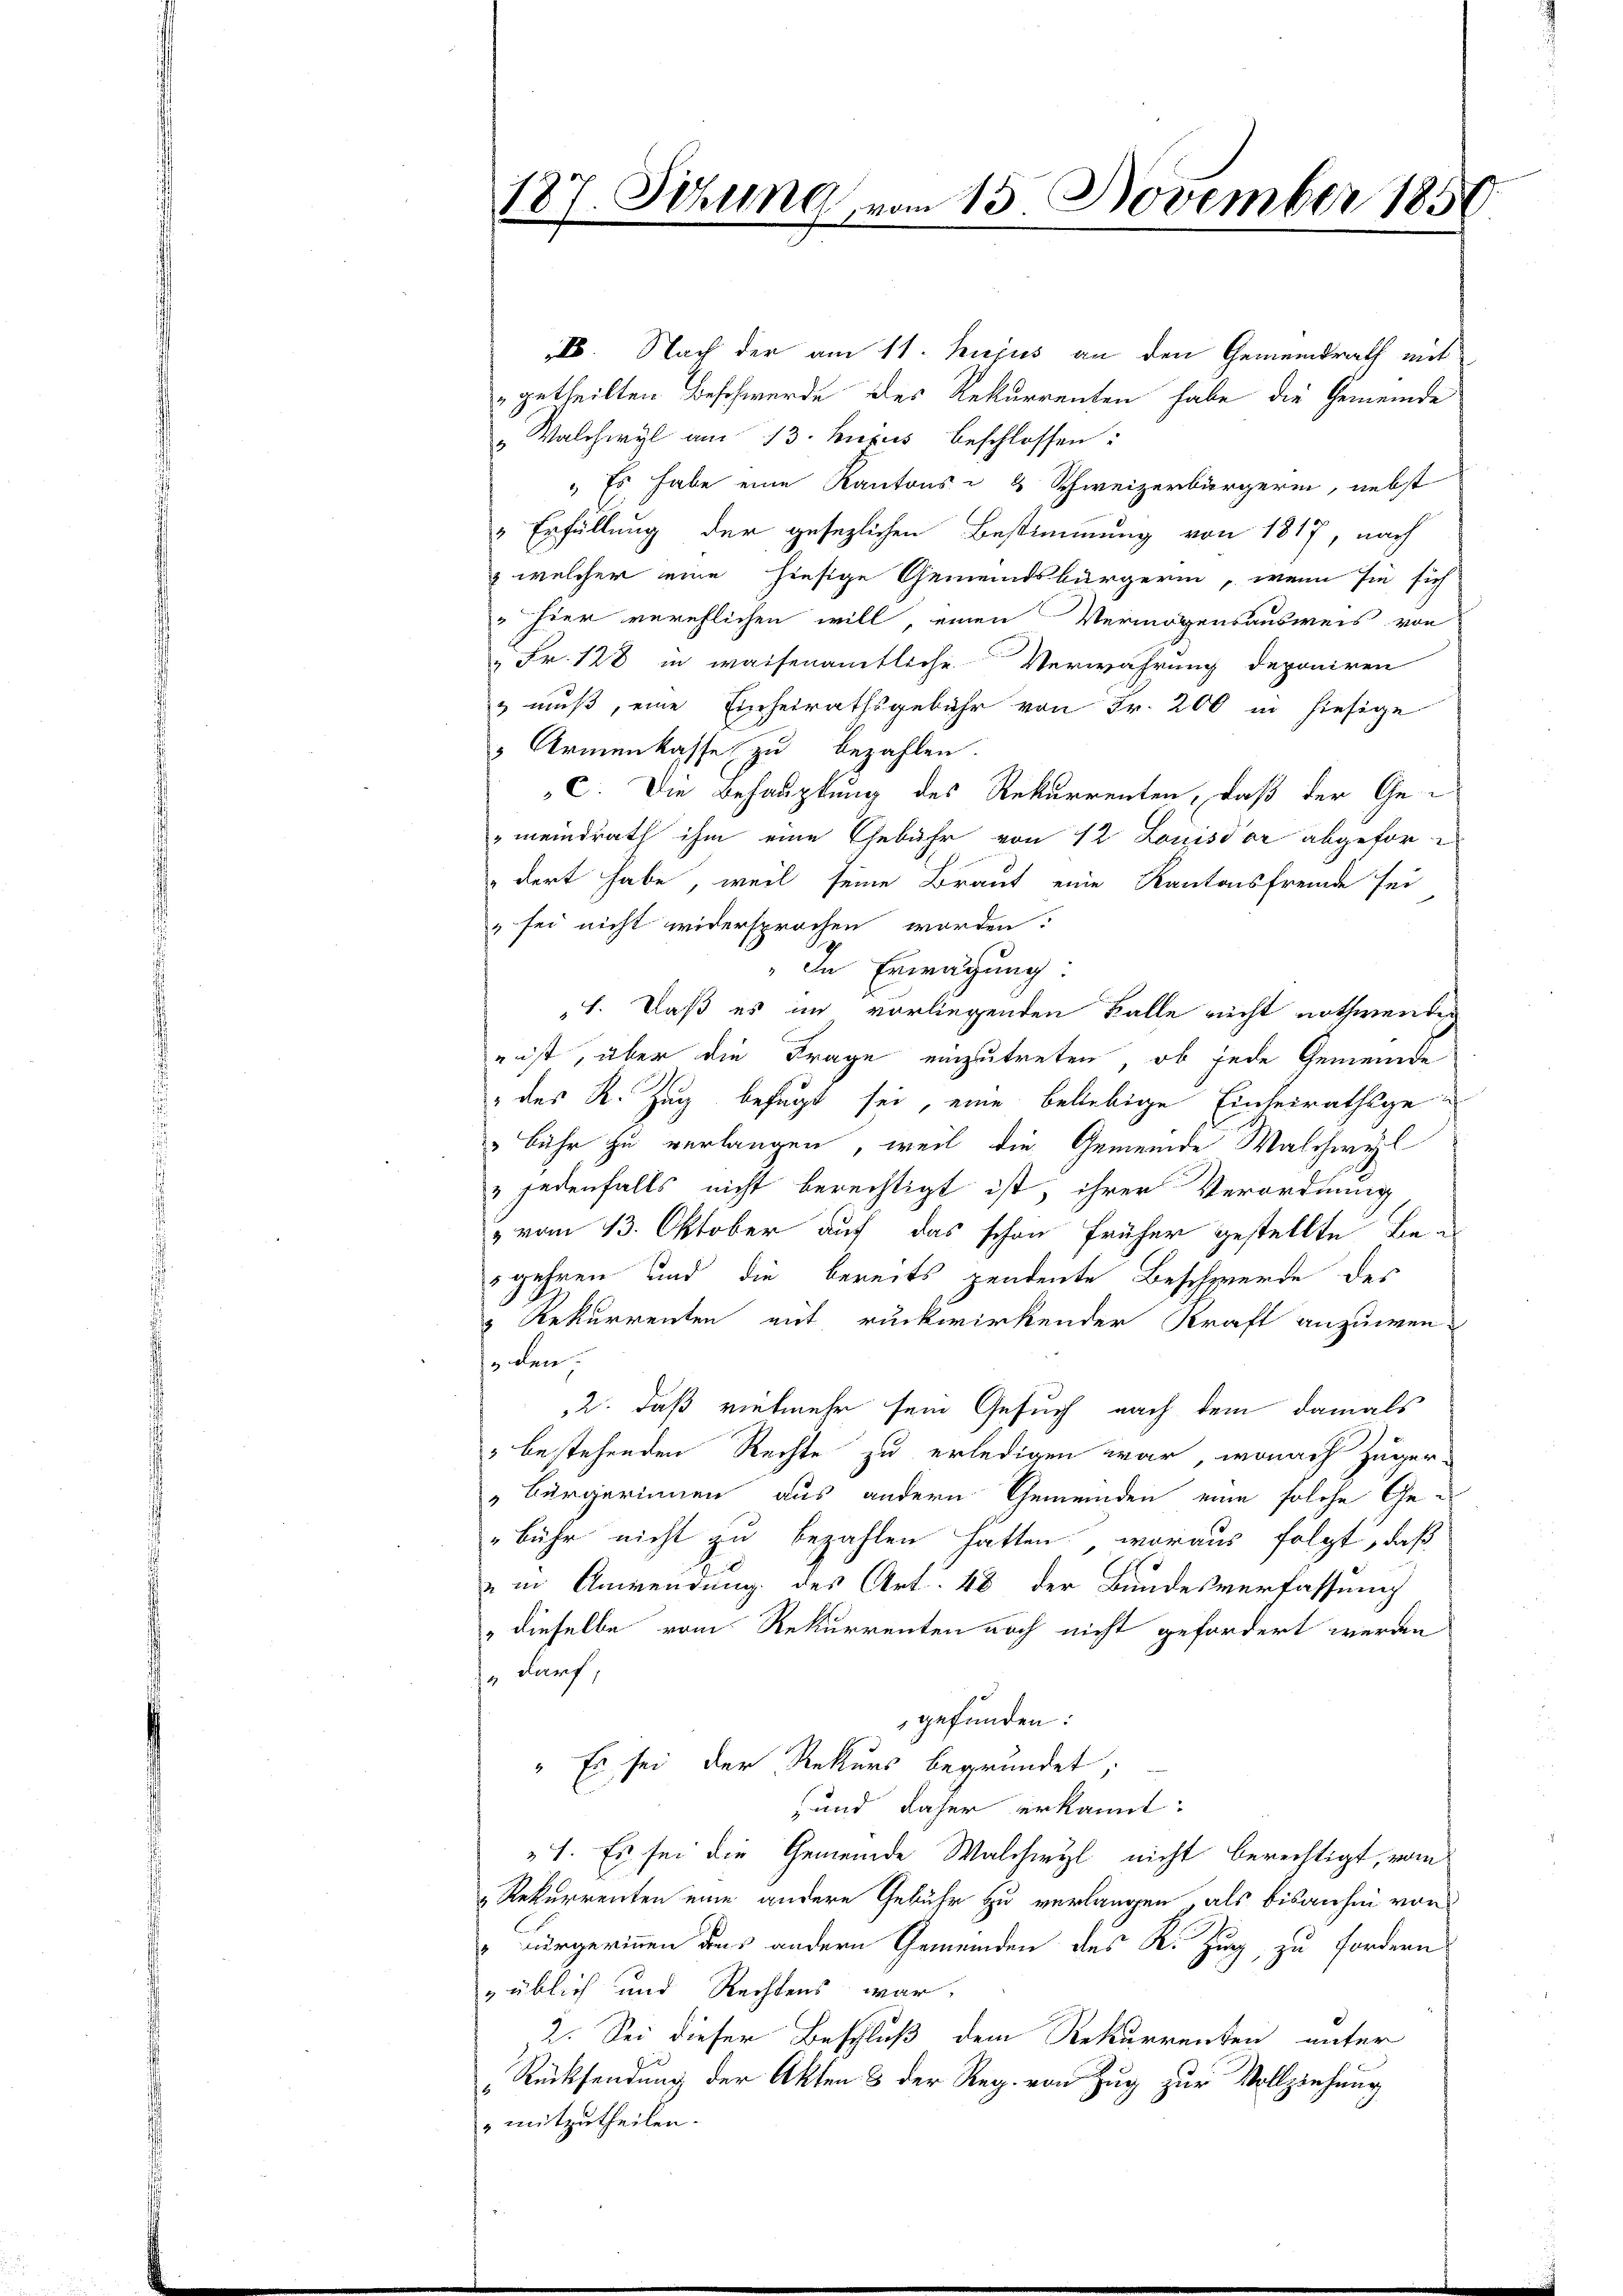
s. Nach der am 11. hujus an den Gemeindrath mit
getheilten Beschwerde des Rekurrenten habe die Gemeinde
„Walchwyl am 13. hujus beschlossen:
" Es habe eine Kantons - & Schweizerbürgerin, nebst
" Erfüllung der gesezlichen Bestimmung von 1817, nach
& welcher eine hiesige Gemeindsbürgerin, wenn sie sich
" hier verehlichen will, einen Vermögensausweis von
" Fr. 128 in waisenamtliche Verwahrung deponiren
& muß, eine Einheirathsgebühr von Fr. 200 in hiesige
 Armenkasse zu bezahlen
c. Die Behauptung des Rekurrenten, daß der Ge-
"meindrath ihm eine Gebühr von 12 Louisdor abgefor-
dert habe, weil seine Braut eine Kantonsfremde sei
sei nicht widersprochen worden:
„In Erwägung:
1. Daß es im vorliegenden Falle nicht nothwendig
r ist, aber die Frage einzutreten, ob jede Gemeinde
" des R. Zug befugt sei, eine beliebige Einheirathsge¬
"bühr zu verlangen, weil die Gemeinde Walchwyl
„jedenfalls nicht berechtigt ist, ihrer Verordnung
" vom 13. Oktober auf das schon früher gestellte Begehren und die bereits pendente Beschwerde des
" Rekurrenten mit rückwirkender Kraft anzuwen-
den
2. daß vielmehr sein Gesuch nach dem damals
" bestehenden Rechte zu erledigen war, wonach Zuger-
„Bürgerinnen aus andern Gemeinden eine solche Ge¬
Bühr nicht zu bezahlen hatten, woraus folgt, daß
" in Anwendung des Art. 48 der Bundesverfassung
" dieselbe vom Rekurrenten noch nicht gefordert werden
" darf;
gefunden:
" Es sei der Rekurs begründet;
und daher erkannt:
"1. Es sei die Gemeinde Walchwyl nicht berechtigt, vom
Rekurrenten eine andere Gebühr zu verlangen, als bisanhin von
" Bürgerinnen das andern Gemeinden des K. Zug, zu fordern
üblich und Rechtens war.
2. Sei dieser Beschluß dem Rekurrenten unter
Rücksendung der Akten 8 der Reg. von Zug zur Vollziehung
" mitzutheilen.

187. Selina vom 15. November 1850
.